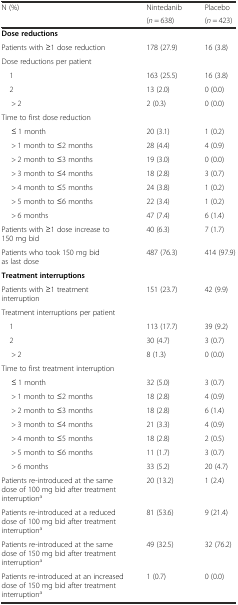
<table><thead><tr><td rowspan="2"><b>N (%)</b></td><td><b>Nintedanib</b></td><td><b>Placebo</b></td></tr><tr><td><b>(<i>n</i> = 638)</b></td><td><b>(<i>n</i> = 423)</b></td></tr></thead><tbody><tr><td><b>Dose reductions</b></td><td></td><td></td></tr><tr><td>Patients with ≥1 dose reduction</td><td>178 (27.9)</td><td>16 (3.8)</td></tr><tr><td>Dose reductions per patient</td><td></td><td></td></tr><tr><td> 1</td><td>163 (25.5)</td><td>16 (3.8)</td></tr><tr><td> 2</td><td>13 (2.0)</td><td>0 (0.0)</td></tr><tr><td>&gt; 2</td><td>2 (0.3)</td><td>0 (0.0)</td></tr><tr><td>Time to first dose reduction</td><td></td><td></td></tr><tr><td>≤ 1 month</td><td>20 (3.1)</td><td>1 (0.2)</td></tr><tr><td>&gt; 1 month to ≤2 months</td><td>28 (4.4)</td><td>4 (0.9)</td></tr><tr><td>&gt; 2 month to ≤3 months</td><td>19 (3.0)</td><td>0 (0.0)</td></tr><tr><td>&gt; 3 month to ≤4 months</td><td>18 (2.8)</td><td>3 (0.7)</td></tr><tr><td>&gt; 4 month to ≤5 months</td><td>24 (3.8)</td><td>1 (0.2)</td></tr><tr><td>&gt; 5 month to ≤6 months</td><td>22 (3.4)</td><td>1 (0.2)</td></tr><tr><td>&gt; 6 months</td><td>47 (7.4)</td><td>6 (1.4)</td></tr><tr><td>Patients with ≥1 dose increase to 150 mg bid</td><td>40 (6.3)</td><td>7 (1.7)</td></tr><tr><td>Patients who took 150 mg bid as last dose</td><td>487 (76.3)</td><td>414 (97.9)</td></tr><tr><td><b>Treatment interruptions</b></td><td></td><td></td></tr><tr><td>Patients with ≥1 treatment interruption</td><td>151 (23.7)</td><td>42 (9.9)</td></tr><tr><td>Treatment interruptions per patient</td><td></td><td></td></tr><tr><td> 1</td><td>113 (17.7)</td><td>39 (9.2)</td></tr><tr><td> 2</td><td>30 (4.7)</td><td>3 (0.7)</td></tr><tr><td>&gt; 2</td><td>8 (1.3)</td><td>0 (0.0)</td></tr><tr><td>Time to first treatment interruption</td><td></td><td></td></tr><tr><td>≤ 1 month</td><td>32 (5.0)</td><td>3 (0.7)</td></tr><tr><td>&gt; 1 month to ≤2 months</td><td>18 (2.8)</td><td>4 (0.9)</td></tr><tr><td>&gt; 2 month to ≤3 months</td><td>18 (2.8)</td><td>6 (1.4)</td></tr><tr><td>&gt; 3 month to ≤4 months</td><td>21 (3.3)</td><td>4 (0.9)</td></tr><tr><td>&gt; 4 month to ≤5 months</td><td>18 (2.8)</td><td>2 (0.5)</td></tr><tr><td>&gt; 5 month to ≤6 months</td><td>11 (1.7)</td><td>3 (0.7)</td></tr><tr><td>&gt; 6 months</td><td>33 (5.2)</td><td>20 (4.7)</td></tr><tr><td>Patients re-introduced at the same dose of 100 mg bid after treatment interruption<sup>a</sup></td><td>20 (13.2)</td><td>1 (2.4)</td></tr><tr><td>Patients re-introduced at a reduced dose of 100 mg bid after treatment interruption<sup>a</sup></td><td>81 (53.6)</td><td>9 (21.4)</td></tr><tr><td>Patients re-introduced at the same dose of 150 mg bid after treatment interruption<sup>a</sup></td><td>49 (32.5)</td><td>32 (76.2)</td></tr><tr><td>Patients re-introduced at an increased dose of 150 mg bid after treatment interruption<sup>a</sup></td><td>1 (0.7)</td><td>0 (0.0)</td></tr></tbody></table>